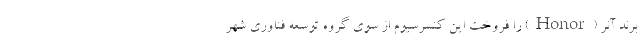
برند آنر (Honor) را فروخت این کنسرسیوم از سوی گروه توسعه فناوری شهر